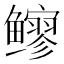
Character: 𫚬